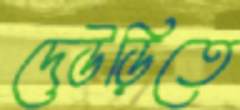
দেউড়িতে